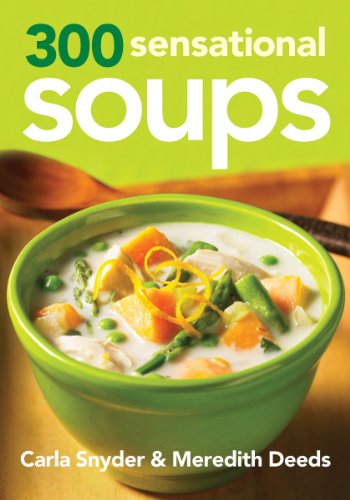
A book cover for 300 Sensational Soups; Carla Snyder; Cookbooks, Food & Wine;